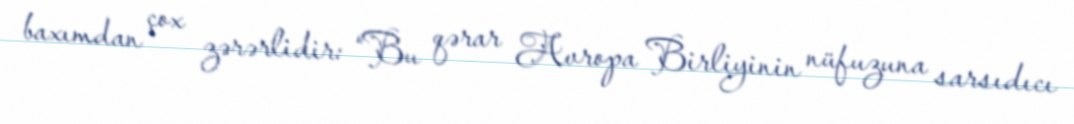
baxımdan çox zərərlidir: “Bu qərar Avropa Birliyinin nüfuzuna sarsıdıcı